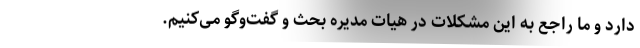
دارد و ما راجع به این مشکلات در هیات مدیره بحث و گفت‌وگو می‌کنیم.